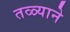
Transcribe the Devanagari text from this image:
तळ्याने